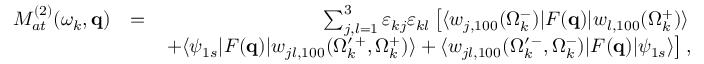
\begin{array} { r l r } { { \cal M } _ { a t } ^ { ( 2 ) } ( \omega _ { k } , \mathbf { q } ) } & { = } & { \sum _ { j , l = 1 } ^ { 3 } \varepsilon _ { k j } \varepsilon _ { k l } \left[ \langle w _ { j , 1 0 0 } ( \Omega _ { k } ^ { - } ) | F ( \mathbf { q } ) | { w } _ { l , 1 0 0 } ( \Omega _ { k } ^ { + } ) \rangle \right. } \\ & { } & { \left. + \langle \psi _ { 1 s } | F ( \mathbf { q } ) | w _ { j l , 1 0 0 } ( \Omega _ { k } ^ { \prime \, + } , \Omega _ { k } ^ { + } ) \rangle + \langle w _ { j l , 1 0 0 } ( \Omega _ { k } ^ { \prime \, - } , \Omega _ { k } ^ { - } ) | F ( \mathbf { q } ) | \psi _ { 1 s } \rangle \right] , } \end{array}